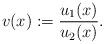
LaTeX: \begin{align*}v(x):=\frac{u_1(x)}{u_2(x)}.\end{align*}